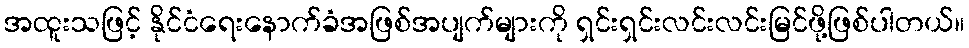
အထူးသဖြင့် နိုင်ငံရေးနောက်ခံအဖြစ်အပျက်များကို ရှင်းရှင်းလင်းလင်းမြင်ဖို့ဖြစ်ပါတယ်။